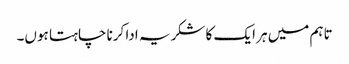
تاہم میں ہر ایک کا شکریہ ادا کرنا چاہتا ہوں۔